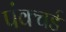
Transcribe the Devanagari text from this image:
पंक्चर्ड